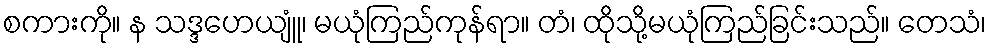
စကားကို။ န သဒ္ဒဟေယျူံ၊ မယုံကြည်ကုန်ရာ။ တံ၊ ထိုသို့မယုံကြည်ခြင်းသည်။ တေသံ၊